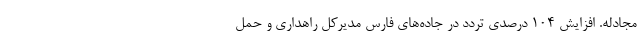
مجادله. افزایش 104 درصدی تردد در جاده‌های فارس مدیرکل راهداری و حمل